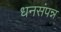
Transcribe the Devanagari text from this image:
धनसंपन्न